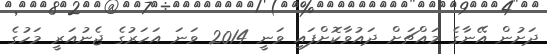
ދަށުން އޭނާގެ މައްޗަށް ދައުވާކޮށްފައި ވަނީ 2014 ވަނަ އަހަރުގެ ޖެނުއަރީ މަހުގެ